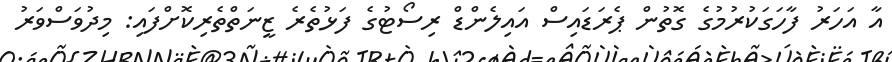
އާ އަހަރު ފާހަގަކުރުމުގެ ގޮތުން ޕެރަޑައިސް އައިލެންޑް ރިސޯޓުގެ ފަޅުތެރެ ޒީނަތްތެރިކޮށްފައި: މިދުވަސްވަރު